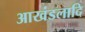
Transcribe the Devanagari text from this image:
आखंडलादि